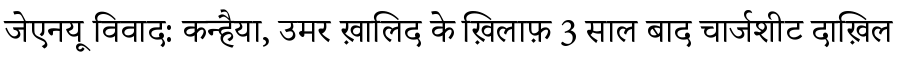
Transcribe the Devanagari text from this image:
जेएनयू विवाद: कन्हैया, उमर ख़ालिद के ख़िलाफ़ 3 साल बाद चार्जशीट दाख़िल